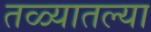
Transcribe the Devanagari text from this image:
तळ्यातल्या